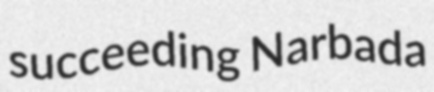
succeeding Narbada